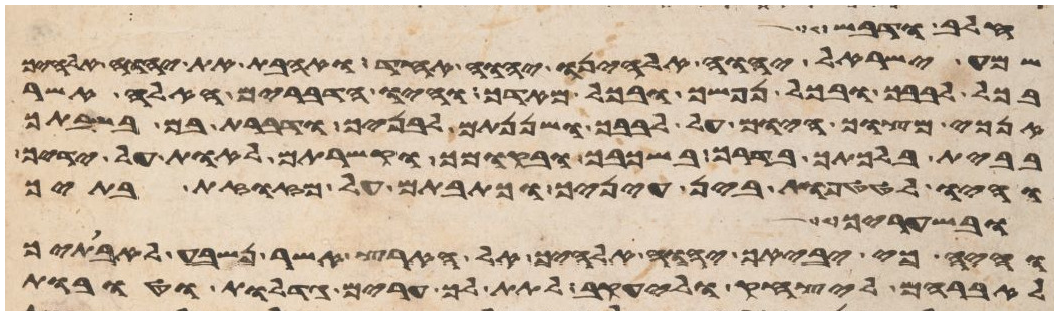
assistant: חלב ודבש
שמע ישראל יהוה אלהינו יהוה אחד ואהבת את יהוה אלהיך
בכל לבבך ובכל נפשך ובכל מאדך והיו הדברים האלה אשר
אנכי מצוך היום על לבבך ושננתם לבניך ודברת בם בשבתך
בבית בלכתך בדרך בשכבך ובקומך וקשרתם לאות על ידיך
והיו לטטפות בין עיניך וכתבתם על מזזות בתיך
ובשעריך
והיה כי יביאך יהוה אלהיך אל הארץ אשר נשבע לאבתיך
לאברהם ליצחק וליעקב לתת לך ערים גדלות וטובות